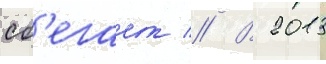
сб'егает // В 2013